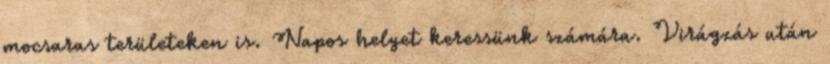
mocsaras területeken is. Napos helyet keressünk számára. Virágzás után